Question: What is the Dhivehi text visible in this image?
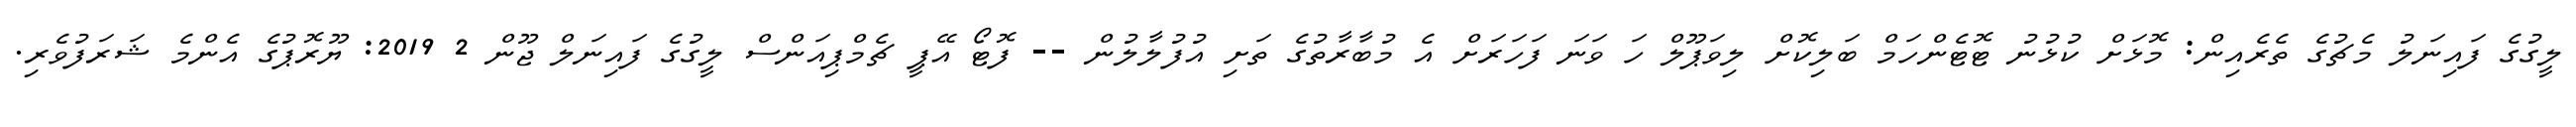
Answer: ލީގުގެ ފައިނަލު މެޗުގެ ތެރެއިން: މޮޅަށް ކުޅުނު ޓޮޓެންހަމް ބަލިކޮށް ލިވަޕޫލް ހަ ވަނަ ފަހަރަށް އެ މުބާރާތުގެ ތަށި އުފުލާލުން -- ފޮޓޯ އޭޕީ ޗެމްޕިއަންސް ލީގުގެ ފައިނަލް ޖޫން 2 2019: ޔޫރޮޕުގެ އެންމެ ޝަރަފުވެރި.